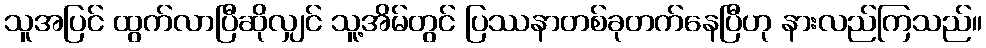
သူအပြင် ထွက်လာပြီဆိုလျှင် သူ့အိမ်တွင် ပြဿနာတစ်ခုတက်နေပြီဟု နားလည်ကြသည်။